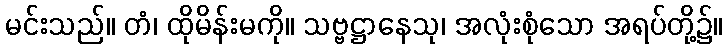
မင်းသည်။ တံ၊ ထိုမိန်းမကို။ သဗ္ဗဋ္ဌာနေသု၊ အလုံးစုံသော အရပ်တို့၌။